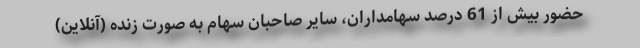
حضور بیش از 61 درصد سهامداران، سایر صاحبان سهام به صورت زنده (آنلاین)